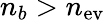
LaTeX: n_{b}>n_{\mathrm{ev}}